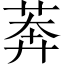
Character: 莾